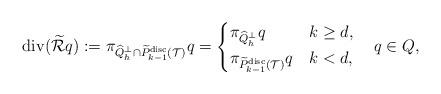
LaTeX: \begin{align*}\mathrm{div} (\widetilde{\mathcal{R}}q):=\pi_{\widehat{Q}_h^\perp\cap \widetilde{P}_{k-1}^{\mathrm{disc}}(\mathcal{T})} q=\begin{cases}\pi_{\widehat{Q}_h^\perp} q &k\geq d,\\\pi_{\widetilde{P}_{k-1}^{\mathrm{disc}}(\mathcal{T})} q &k<d,\end{cases}\quad q\in Q,\end{align*}